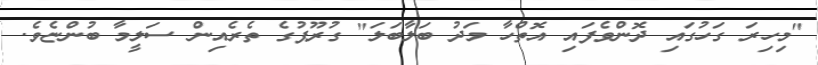
"މިހިރަ ގަހުގައި ދޮންވެފައި އޮތްހާ މަދު ބަލާބަލަ" ގުރޫޕުގެ ތެރެއިން ސަލީމާ ބުންޏެވެ.